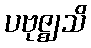
ပဗုဇ္ဈသိ